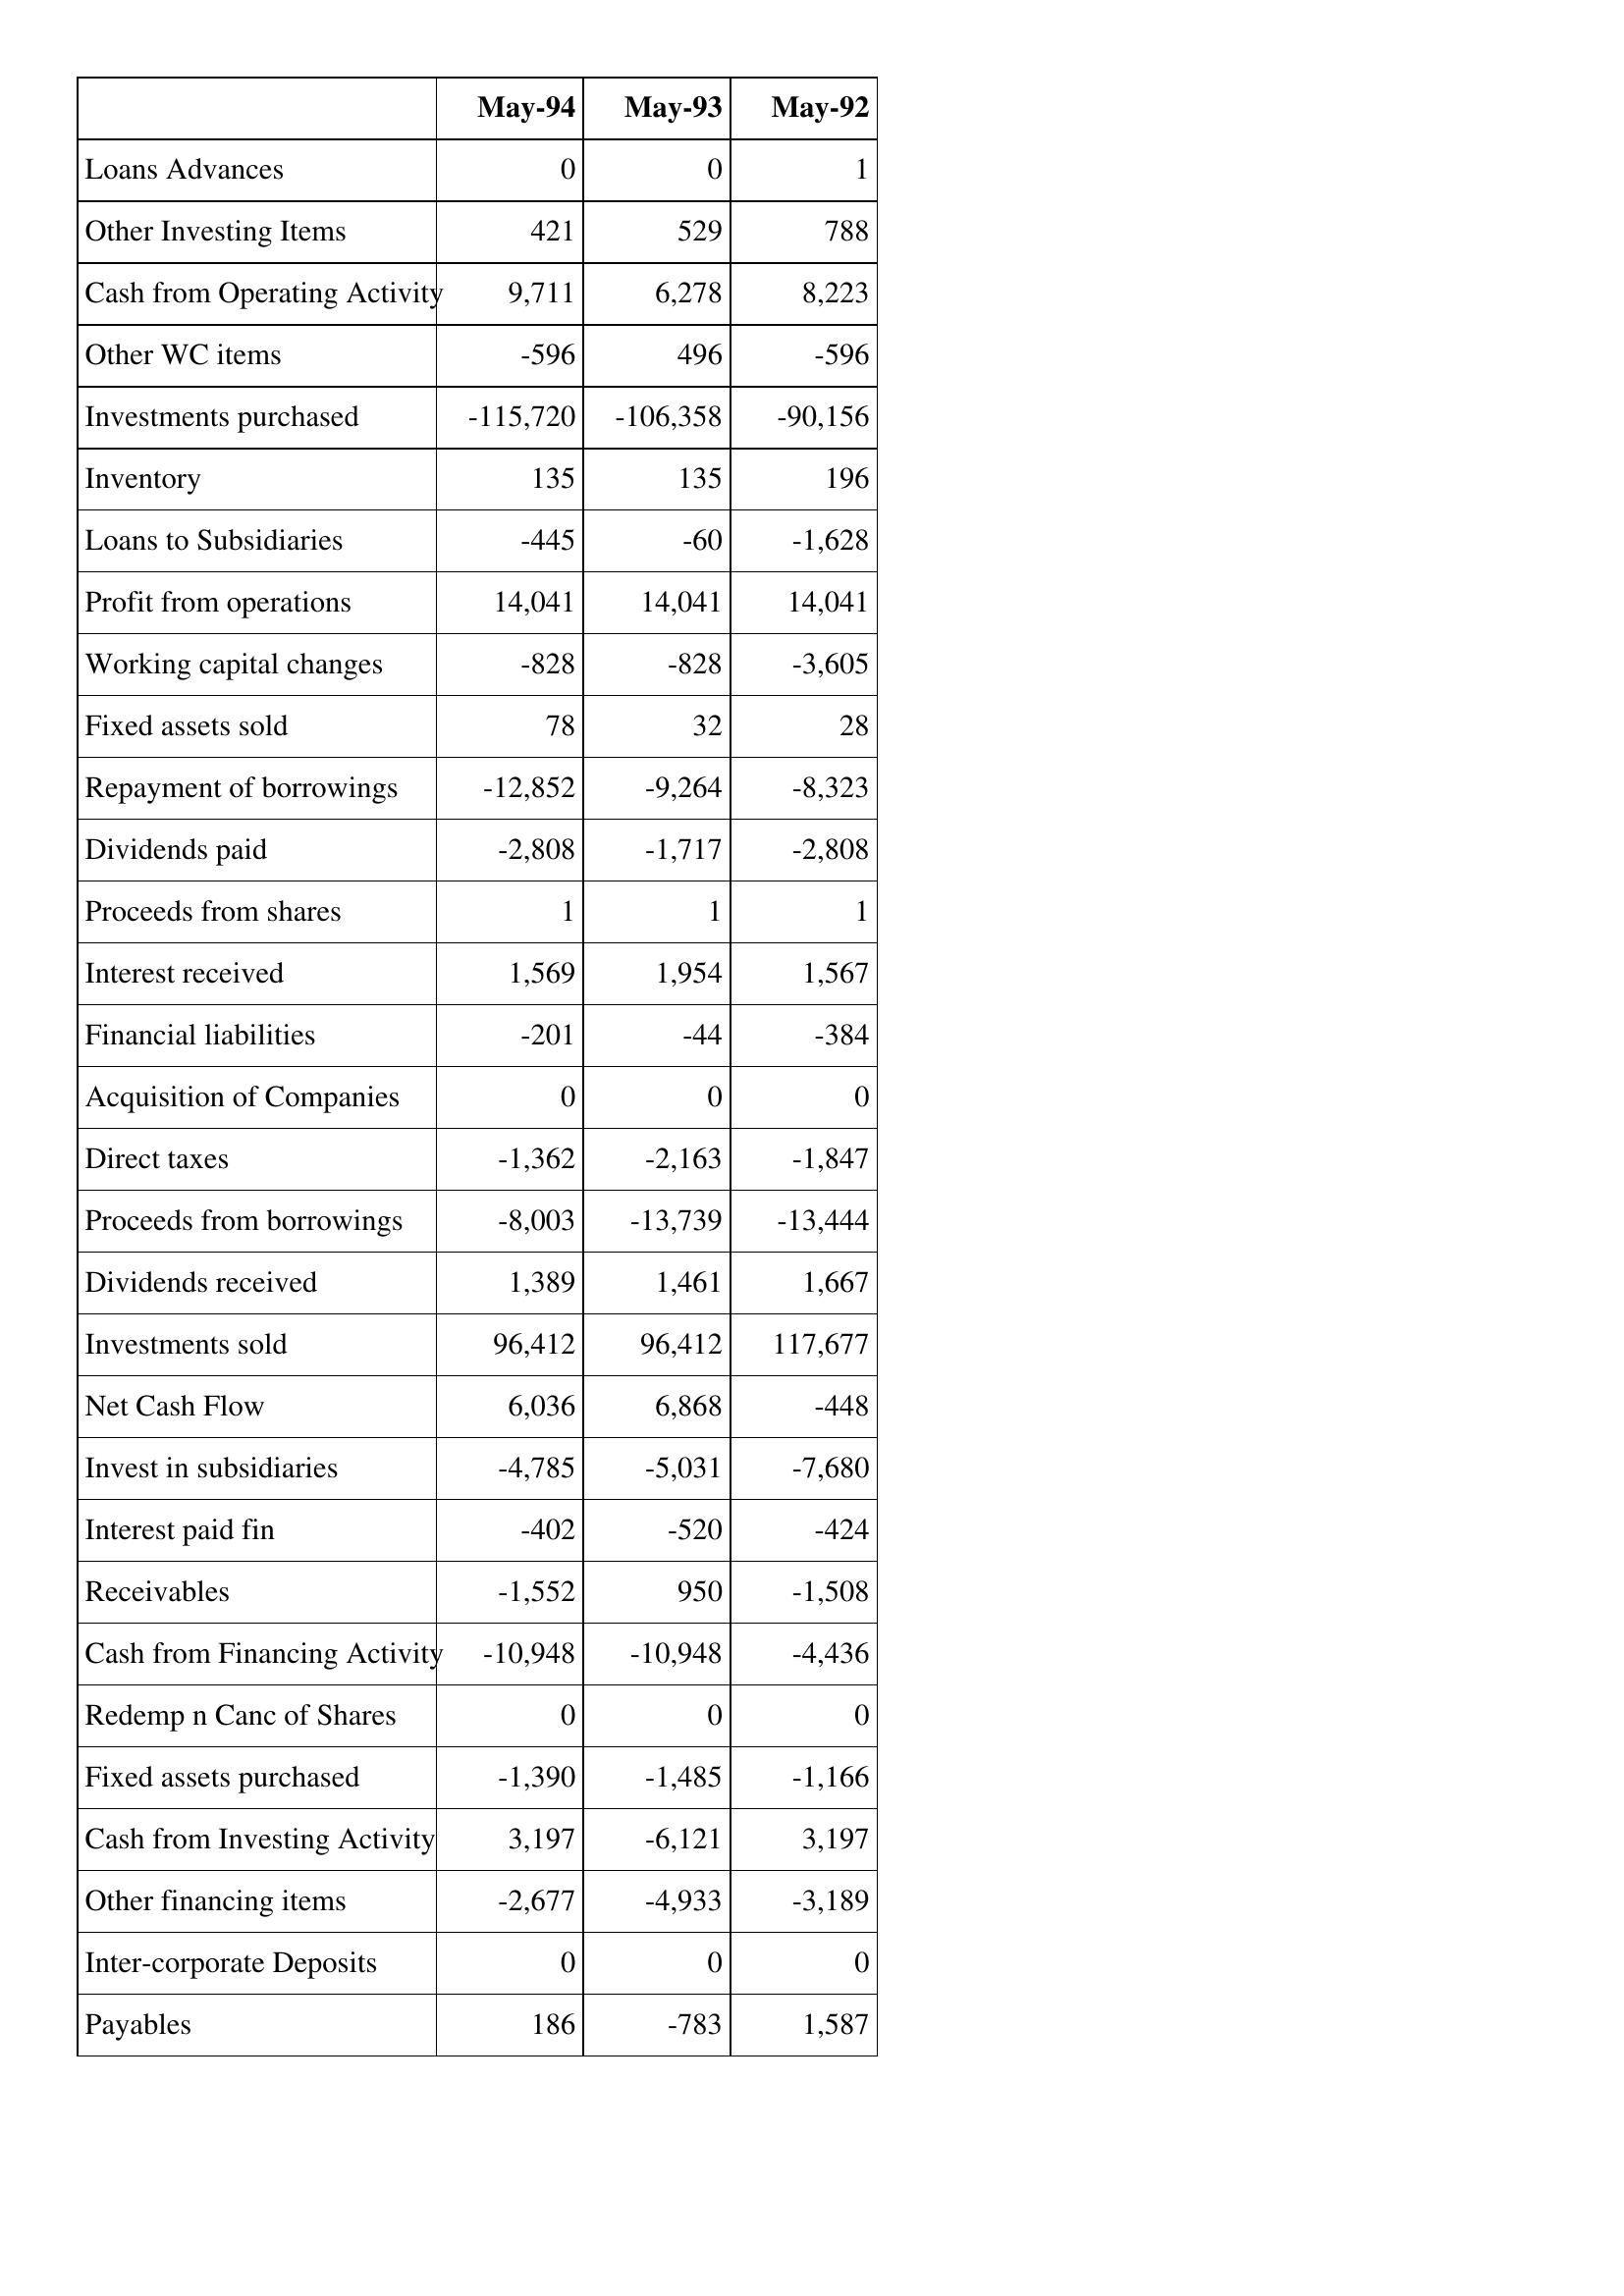
May-94: Cash Flows: Loans Advances: 0
Other Investing Items: 421
Cash from Operating Activity: 9,711
Other WC items: -596
Investments purchased: -115,720
Inventory: 135
Loans to Subsidiaries: -445
Profit from operations: 14,041
Working capital changes: -828
Fixed assets sold: 78
Repayment of borrowings: -12,852
Dividends paid: -2,808
Proceeds from shares: 1
Interest received: 1,569
Financial liabilities: -201
Acquisition of Companies: 0
Direct taxes: -1,362
Proceeds from borrowings: -8,003
Dividends received: 1,389
Investments sold: 96,412
Net Cash Flow: 6,036
Invest in subsidiaries: -4,785
Interest paid fin: -402
Receivables: -1,552
Cash from Financing Activity: -10,948
Redemp n Canc of Shares: 0
Fixed assets purchased: -1,390
Cash from Investing Activity: 3,197
Other financing items: -2,677
Inter-corporate Deposits: 0
Payables: 186
May-93: Cash Flows: Loans Advances: 0
Other Investing Items: 529
Cash from Operating Activity: 6,278
Other WC items: 496
Investments purchased: -106,358
Inventory: 135
Loans to Subsidiaries: -60
Profit from operations: 14,041
Working capital changes: -828
Fixed assets sold: 32
Repayment of borrowings: -9,264
Dividends paid: -1,717
Proceeds from shares: 1
Interest received: 1,954
Financial liabilities: -44
Acquisition of Companies: 0
Direct taxes: -2,163
Proceeds from borrowings: -13,739
Dividends received: 1,461
Investments sold: 96,412
Net Cash Flow: 6,868
Invest in subsidiaries: -5,031
Interest paid fin: -520
Receivables: 950
Cash from Financing Activity: -10,948
Redemp n Canc of Shares: 0
Fixed assets purchased: -1,485
Cash from Investing Activity: -6,121
Other financing items: -4,933
Inter-corporate Deposits: 0
Payables: -783
May-92: Cash Flows: Loans Advances: 1
Other Investing Items: 788
Cash from Operating Activity: 8,223
Other WC items: -596
Investments purchased: -90,156
Inventory: 196
Loans to Subsidiaries: -1,628
Profit from operations: 14,041
Working capital changes: -3,605
Fixed assets sold: 28
Repayment of borrowings: -8,323
Dividends paid: -2,808
Proceeds from shares: 1
Interest received: 1,567
Financial liabilities: -384
Acquisition of Companies: 0
Direct taxes: -1,847
Proceeds from borrowings: -13,444
Dividends received: 1,667
Investments sold: 117,677
Net Cash Flow: -448
Invest in subsidiaries: -7,680
Interest paid fin: -424
Receivables: -1,508
Cash from Financing Activity: -4,436
Redemp n Canc of Shares: 0
Fixed assets purchased: -1,166
Cash from Investing Activity: 3,197
Other financing items: -3,189
Inter-corporate Deposits: 0
Payables: 1,587